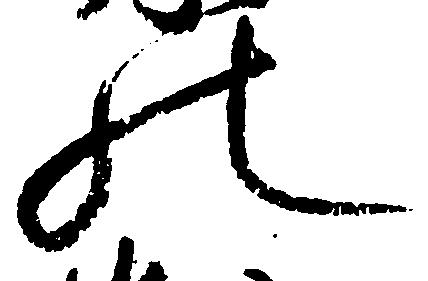
の